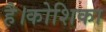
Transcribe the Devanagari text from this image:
है।कोशिका